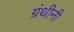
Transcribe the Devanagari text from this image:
ग्रंथीनी